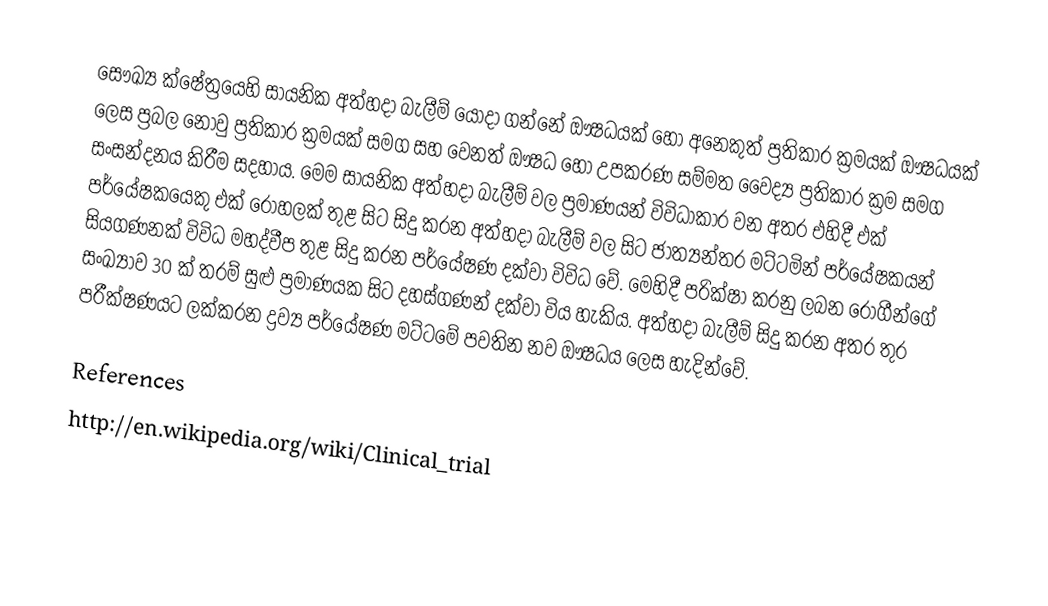
සෞඛ්‍ය ක්ෂේත්‍රයෙහි සායනික අත්හදා බැලීම් යොදා ගන්නේ ඖෂධයක් හෝ අනෙකුත් ප්‍රතිකාර ක්‍රමයක් ඖෂධයක් ලෙස ප්‍රබල නොවු ප්‍රතිකාර ක්‍රමයක් සමග සහ වෙනත් ඖෂධ හෝ උපකරණ සම්මත වෛද්‍ය ප්‍රතිකාර ක්‍රම සමග සංසන්දනය කිරීම සදහාය. මෙම සායනික අත්හදා බැලීම් වල ප්‍රමාණයන් විවිධාකාර වන අතර එහිදී එක් පර්යේෂකයෙකු එක් රෝහලක් තුළ සිට සිදු කරන අත්හදා බැලීම් වල සිට ජාත්‍යන්තර මට්ටමින් පර්යේෂකයන් සියගණනක් විවිධ මහද්වීප තුළ සිදු කරන පර්යේෂණ දක්වා විවිධ වේ. මෙහිදී පරික්ෂා කරනු ලබන රෝගීන්ගේ සංඛ්‍යාව 30 ක් තරම් සුළු ප්‍රමාණයක සිට දහස්ගණන් දක්වා විය හැකිය. අත්හදා බැලීම් සිදු කරන අතර තුර පරීක්ෂණයට ලක්කරන ද්‍රව්‍ය පර්යේෂණ මට්ටමේ පවතින නව ඖෂධය ලෙස හැදින්වේ.

References
http://en.wikipedia.org/wiki/Clinical_trial